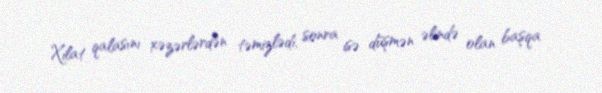
Xilat qalasını xəzərlərdən təmizlədi, sonra isə düşmən əlində olan başqa